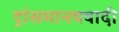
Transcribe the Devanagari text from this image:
ट्रांसमानववादी